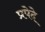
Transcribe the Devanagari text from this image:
प्रपेदे